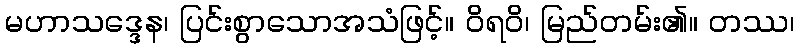
မဟာသဒ္ဒေန၊ ပြင်းစွာသောအသံဖြင့်။ ဝိရဝိ၊ မြည်တမ်း၏။ တဿ၊